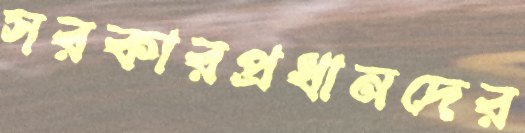
সরকারপ্রধানদের